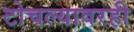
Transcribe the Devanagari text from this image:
टोचल्यावरही